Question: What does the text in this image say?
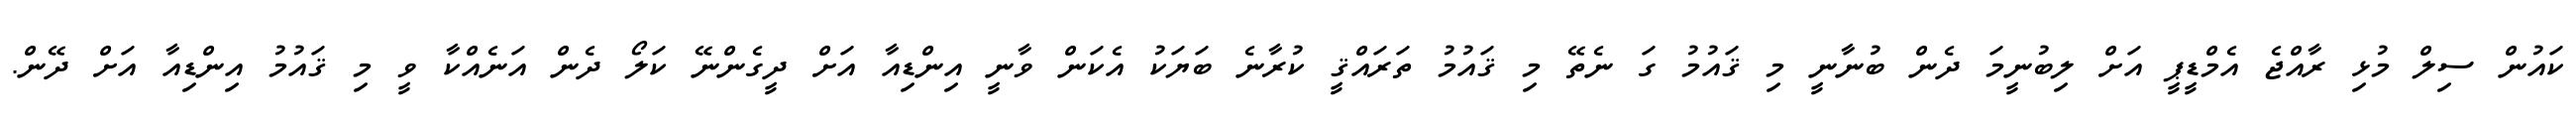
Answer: ކައުން ސިލް މުޅި ރާއްޖެ އެމްޑީޕީ އަށް ލިބުނީމަ ދެން ބުނާނީ މި ޤައުމު ގަ ނެތޭ މި ޤައުމު ތަރައްޤީ ކުރާނެ ބަޔަކު އެކަން ވާނީ އިންޑިއާ އަށް ދީގެންނޭ ކަލޯ ދެން އަނެއްކާ ވީ މި ޤައުމު އިންޑިއާ އަށް ދޭން.